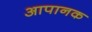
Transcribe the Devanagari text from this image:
आपानक